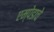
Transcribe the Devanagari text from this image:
एम्पेडाचे